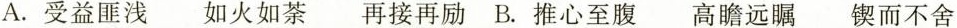
A.受益匪浅 如火如荼 再接再励 B.推心至腹 高瞻远瞩 锲而不舍